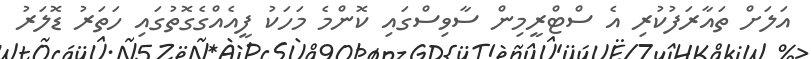
އަލަށް ތައާރަފުކުރި އެ ސްޓްރީމިން ސާވިސްގައި ކޮންމެ މަހަކު ފީއެއްގެގޮތުގައި ހަތަރު ޑޮލަރު